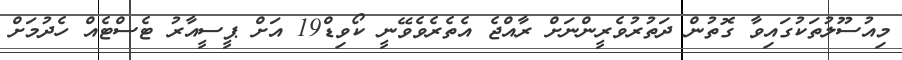
މިއުސޫލުތަކުގައިވާ ގޮތުން ދަތުރުވެރީންނަށް ރާއްޖެ އެތެރެވެވޭނީ ކޯވިޑް19 އަށް ޕީސީއާރު ޓެސްޓެއް ހެދުމަށް